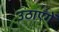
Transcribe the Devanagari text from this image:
उठाएँगें